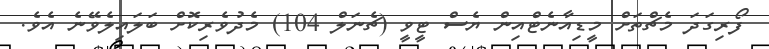
ފޯރިގަދަ މެޗްތަށް މީޑިއާނެޓްއިން ޔެސް ޓީވީ (ޗެނަލް 104) މެދުވެރިކޮށް ބަލައިލެވޭނެ އެވެ.